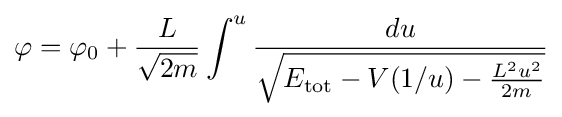
\varphi =\varphi _{0}+{\frac {L}{\sqrt {2m}}}\int ^{u}{\frac {du}{\sqrt {E_{\mathrm {tot} }-V(1/u)-{\frac {L^{2}u^{2}}{2m}}}}}